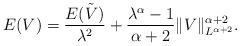
LaTeX: \begin{align*}E(V) = \frac{E(\tilde{V})}{\lambda^2} + \frac{\lambda^\alpha-1}{\alpha+2} \|V\|^{\alpha+2}_{L^{\alpha+2}}.\end{align*}